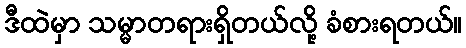
ဒီထဲမှာ သမ္မာတရားရှိတယ်လို့ ခံစားရတယ်။